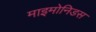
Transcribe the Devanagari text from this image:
माइमोनिडस